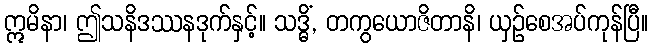
ဣမိနာ၊ ဤသနိဒဿနဒုက်နှင့်။ သဒ္ဓိံ, တကွယောဇိတာနိ၊ ယှဉ်စေအပ်ကုန်ပြီ။